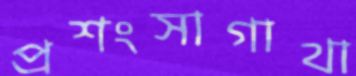
প্রশংসাগাথা